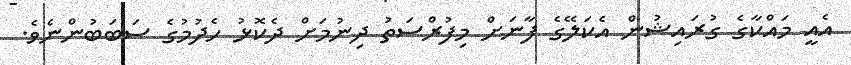
އެއީ މައްކާގެ ގުރައިޝުން އެކަލޭގެ ފާނަށް މިފުރްސަތު ދިނުމަށް ދެކޮޅު ހެދުުމުގެ ސަބަބުންނެވެ.